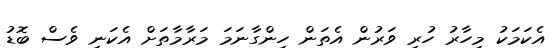
އެކަމަކު މިހާރު ހުރި ވަރުން އެތަން ހިންގާނަމަ މަރާމާތަށް އެކަނި ވެސް ބޮޑު